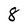
Character: 8